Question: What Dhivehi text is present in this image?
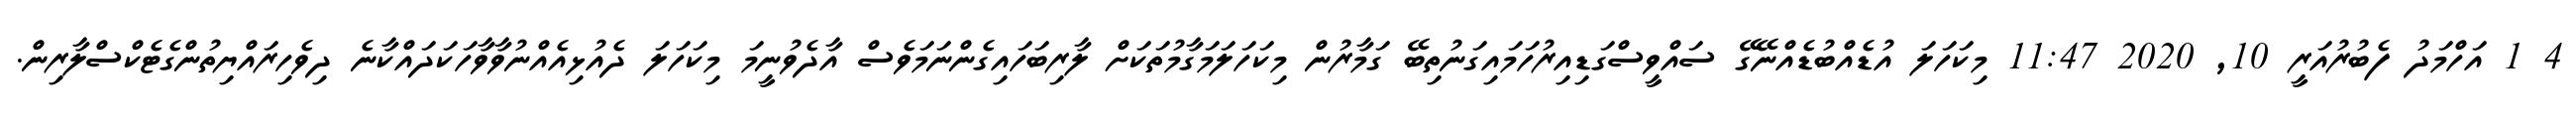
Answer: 4 1 އަހްމަދު ފެބުރުއަރީ 10, 2020 11:47 މިކަހަލަ އުޑެއްބުޑެއްނޭގޭ ސައްވީސްގަޑިއިރުހަމައިގަނުތިބޭ ގަމާރުން މިކަހަލަމަގާމުތަކަށް ލާރިބަހައިގެންނަމަވެސް އާދެވުނީމަ މިކަހަލަ ދެއުޅިއެއްނުވާވާހަކަދައްކާނެ ދިވެހިރައްޔިތުންގެޓެކްސްލާރިން.